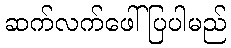
ဆက်လက်ဖေါ်ပြပါမည်